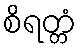
စိရတ္တံ